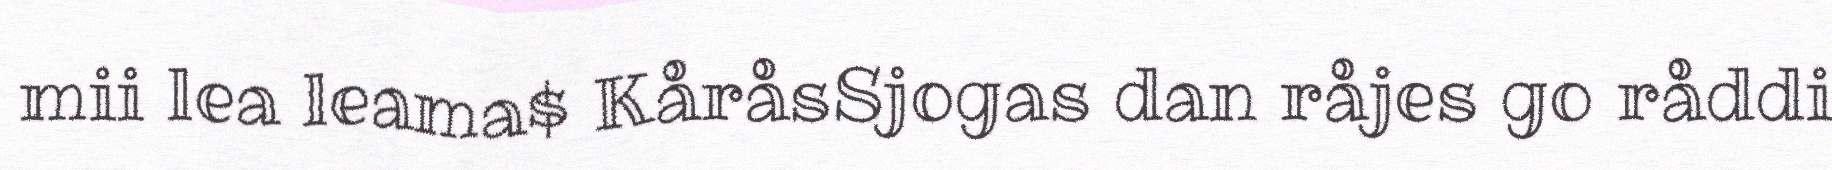
mii lea leama$ KåråsSjogas dan råjes go råddi